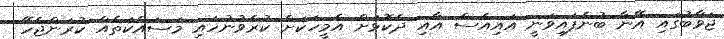
ޖަވާބުގައި އޭނާ ބުނެފައިވަނީ އައިއެސް އާއި ދެކޮޅަށް އެމީހަކަށް ކުރެވުނުހައި މަސައްކަތެއް ކުރަންޖެހޭ